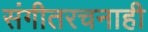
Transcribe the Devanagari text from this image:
संगीतरचनाही